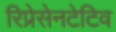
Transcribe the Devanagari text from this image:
रिप्रेसेनटेटिव